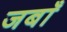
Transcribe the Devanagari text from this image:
जबाँ